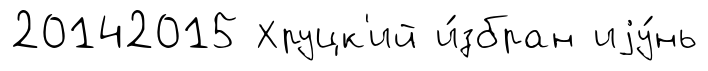
20142015 Хруцк'ий и́збран иjу́нь